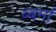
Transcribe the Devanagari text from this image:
ब्बर्मा